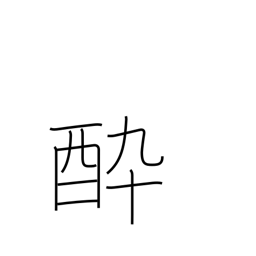
Meaning: spellbound